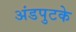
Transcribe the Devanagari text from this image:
अंडपुटके